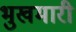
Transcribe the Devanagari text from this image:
भुखमारी